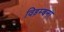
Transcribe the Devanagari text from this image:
विड़म्बना